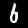
Label: 6